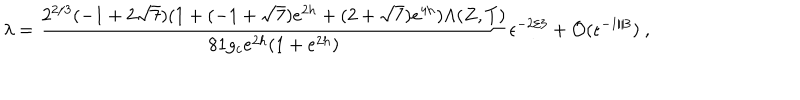
\lambda = { \frac { 2 ^ { 2 / 3 } ( - 1 + 2 \sqrt { 7 } ) ( 1 + ( - 1 + \sqrt { 7 } ) e ^ { 2 h } + ( 2 + \sqrt { 7 } ) e ^ { 4 h } ) \Lambda ( Z , T ) } { 8 1 g _ { c } e ^ { 2 h } ( 1 + e ^ { 2 h } ) } } \epsilon ^ { - 2 / 3 } + { \cal O } ( \epsilon ^ { - 1 / 3 } ) \ ,